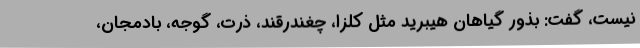
نیست، گفت: بذور گیاهان هیبرید مثل کلزا، چغندرقند، ذرت، گوجه، بادمجان،